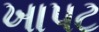
ખાપટ